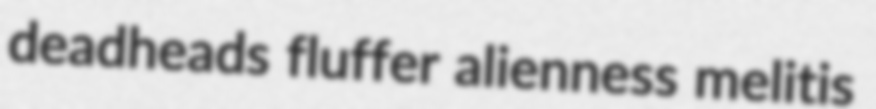
deadheads fluffer alienness melitis